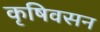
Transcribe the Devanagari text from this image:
कृषिवसन